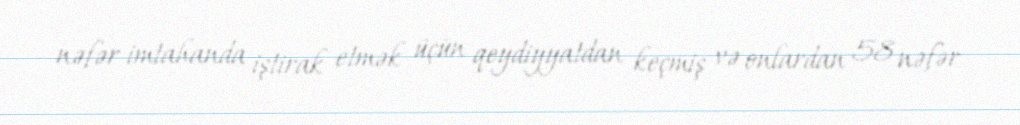
nəfər imtahanda iştirak etmək üçün qeydiyyatdan keçmiş və onlardan 58 nəfər